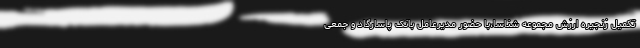
تکمیل زنجیره ارزش مجموعه شناسا،با حضور مدیرعامل بانک پاسارگاد و جمعی